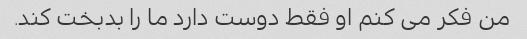
من فکر می کنم او فقط دوست دارد ما را بدبخت کند.